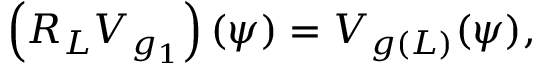
\left( R _ { L } V _ { g _ { 1 } } \right) ( \psi ) = V _ { g ( L ) } ( \psi ) ,